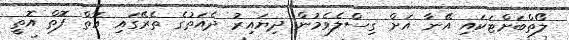
ލޯތްބަށްޓަކައި އޭނާ އަށް ގިސްލެވެމުން ދިޔައިރު ދެއަތުގެ ތެރޭގައި އޮތް ފޮތް އޮތީ